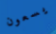
يسعون